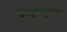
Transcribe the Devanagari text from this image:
केंद्रकसूत्रीय